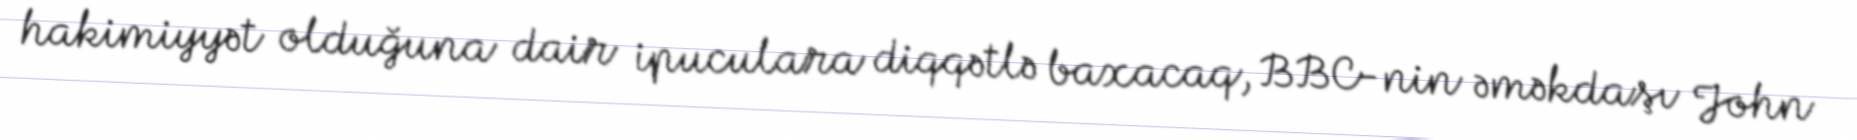
hakimiyyət olduğuna dair ipuculara diqqətlə baxacaq, BBC-nin əməkdaşı John